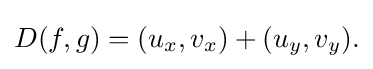
\displaystyle {D(f,g)=(u_{x},v_{x})+(u_{y},v_{y}).}